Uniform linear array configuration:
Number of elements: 32
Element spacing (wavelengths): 1
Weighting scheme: binomial
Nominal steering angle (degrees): -45
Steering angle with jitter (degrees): -45.778
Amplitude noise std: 0.05
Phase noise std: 0.05

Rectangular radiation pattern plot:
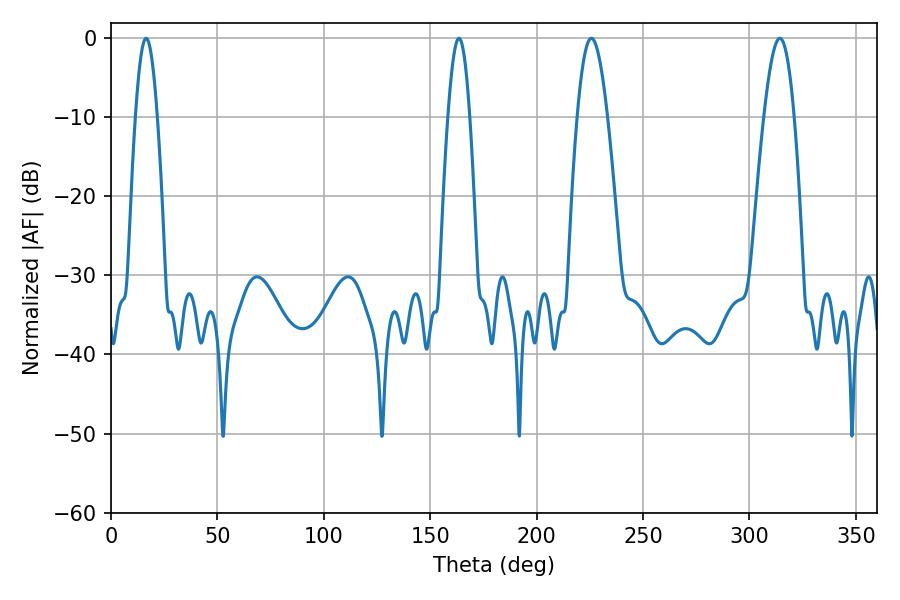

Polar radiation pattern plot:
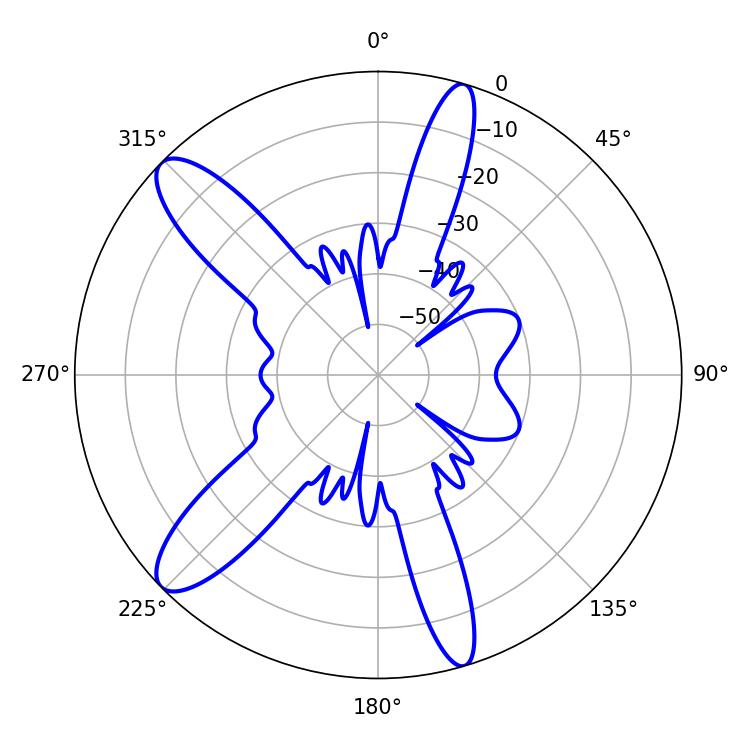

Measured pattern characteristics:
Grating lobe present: TRUE
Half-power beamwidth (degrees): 7.74
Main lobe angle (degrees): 225.72